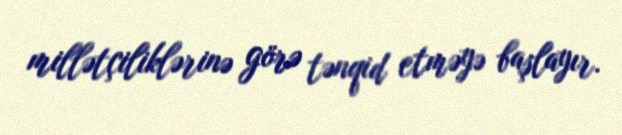
millətçiliklərinə görə tənqid etməyə başlayır.